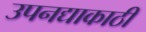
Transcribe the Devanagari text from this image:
उपनद्याकाठी